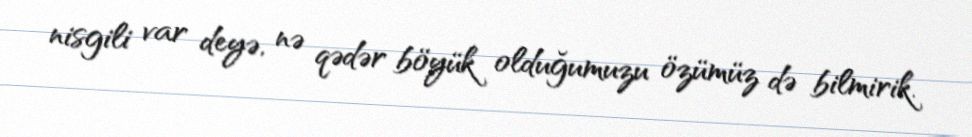
nisgili var deyə, nə qədər böyük olduğumuzu özümüz də bilmirik.